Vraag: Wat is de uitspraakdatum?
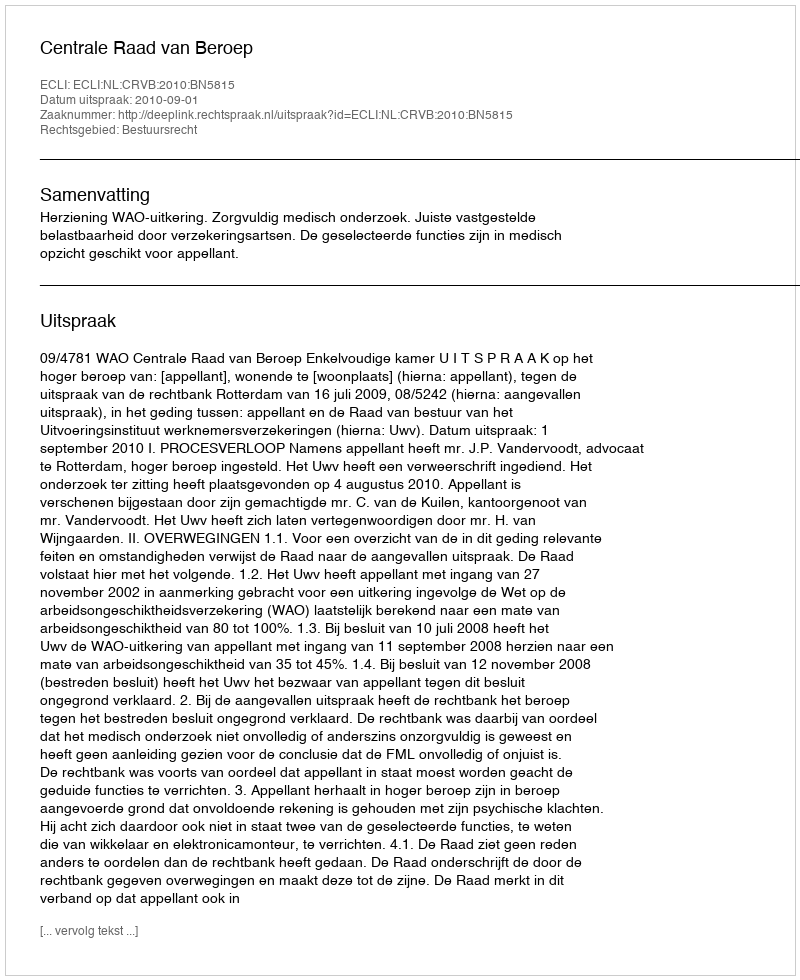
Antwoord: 2010-09-01